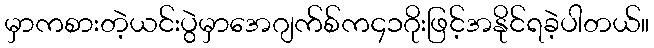
မှာကစားတဲ့ယင်းပွဲမှာအေဂျက်စ်က၄၁ဂိုးဖြင့်အနိုင်ရခဲ့ပါတယ်။